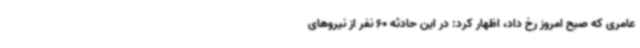
عامری که صبح امروز رخ داد، اظهار کرد: در این حادثه 60 نفر از نیروهای